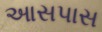
આસપાસ